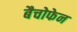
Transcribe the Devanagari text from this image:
बैचोफेन